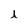
Character: i